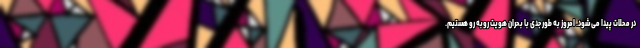
در محلات پیدا می‌شود. امروز به طور جدی با بحران هویت روبه رو هستیم.